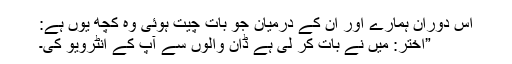
اس دوران ہمارے اور ان کے درمیان جو بات چیت ہوئی وہ کچھ یوں ہے:
”اختر: میں نے بات کر لی ہے ڈان والوں سے آپ کے انٹرویو کی۔